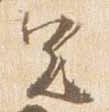
足